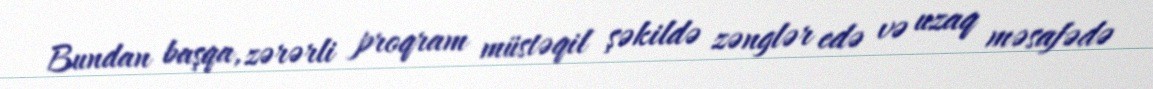
Bundan başqa, zərərli proqram müstəqil şəkildə zənglər edə və uzaq məsafədə